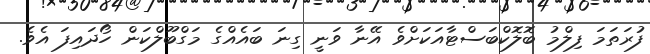
ފުރަތަމަ ފިލްމު ބޮލޮކްބަސްޓާއަކަށްވެ އޭނާ ވަނީ ގިނަ ބައެއްގެ މަގްބޫލްކަން ހޯދައިފަ އެވެ.